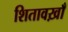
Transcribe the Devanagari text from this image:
शितावख़ाँ